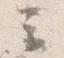
云